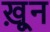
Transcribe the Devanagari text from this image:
ख़़ून